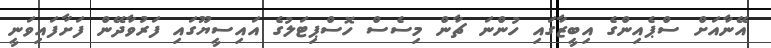
އޭނާއަށް ސްޕެއިންގެ އިބީޒާގައި ހުންނަ ޗާން މިސެސް ހޮސްޕިޓަލުގެ އައިސީޔޫގައި ފަރުވާދޭން ފަށާފައިވަނީ